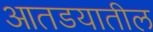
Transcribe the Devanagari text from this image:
आतडयातील